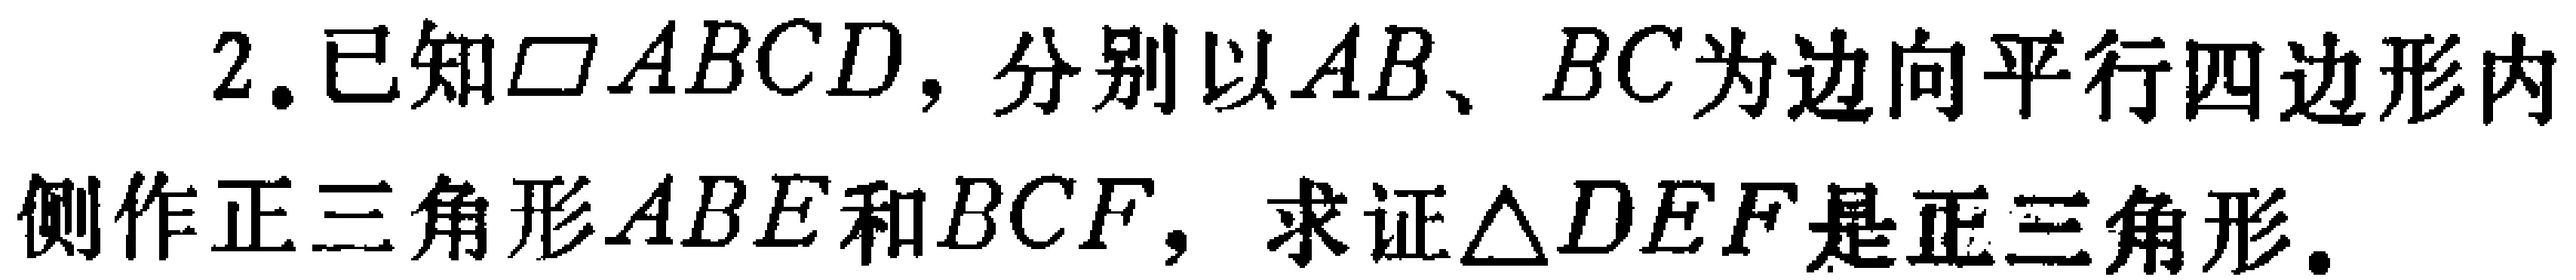
2. 已知$\square ABCD$，分别以$AB$、$BC$为边向平行四边形内侧作正三角形$ABE$和$BCF$，求证$\triangle DEF$是正三角形。